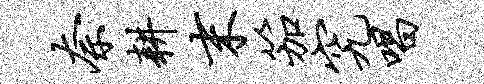
奈耕末笳究唱